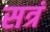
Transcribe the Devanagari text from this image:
सत्रं